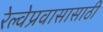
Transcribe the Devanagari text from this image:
रेल्वेप्रवासासाठी